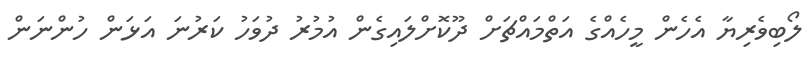
ލޯބިވެރިޔާ އެހެން މީހެއްގެ އަތްމައްޗަށް ދޫކޮށްލައިގެން އުމުރު ދުވަހު ކަރުނަ އަޅަން ހުންނަން